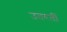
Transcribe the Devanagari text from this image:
उतरतीं